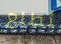
تطلع